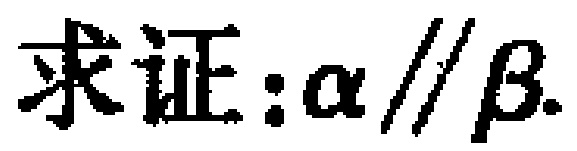
求证：\(\alpha \parallel \beta\)